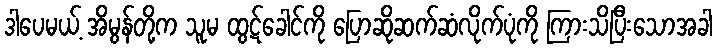
ဒါပေမယ့် အိမွန်တို့က သူမ ထွဋ်ခေါင်ကို ပြောဆိုဆက်ဆံလိုက်ပုံကို ကြားသိပြီးသောအခါ